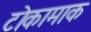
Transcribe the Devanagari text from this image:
टोकामाक